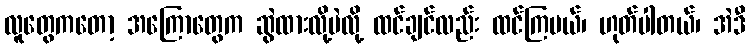
လူတွေကတော့ အကြောတွေက ဆွဲထားလို့ပဲလို့ ထင်ချင်လည်း ထင်ကြမယ်၊ ဟုတ်ပါတယ်၊ အဲဒီ